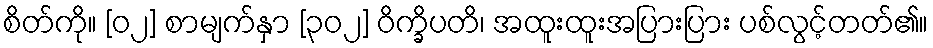
စိတ်ကို။ [၀၂] စာမျက်နှာ [၃၀၂] ဝိက္ခိပတိ၊ အထူးထူးအပြားပြား ပစ်လွင့်တတ်၏။